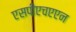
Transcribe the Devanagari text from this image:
एसपीएचएएन